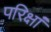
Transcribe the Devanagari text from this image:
परिक्षां